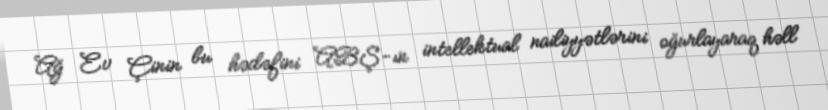
Ağ Ev Çinin bu hədəfini ABŞ-ın intellektual nailiyyətlərini oğurlayaraq həll